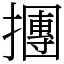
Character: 㩛